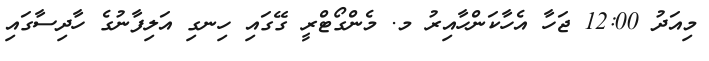
މިއަދު 12:00 ޖަހާ އެހާކަންހާއިރު މ. މެންގޯޓްރީ ގޭގައި ހިނގި އަލިފާނުގެ ހާދިސާގައި